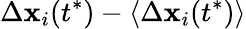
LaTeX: \Delta\mathbf{x}_{i}(t^{*})-\langle\Delta\mathbf{x}_{i}(t^{*})\rangle